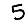
Digit: 5